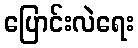
ပြောင်းလဲရေး